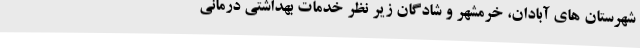
شهرستان های آبادان، خرمشهر و شادگان زیر نظر خدمات بهداشتی درمانی